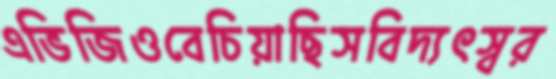
এভিজিওবেচিয়াছিসবিদ্যৎস্বর